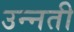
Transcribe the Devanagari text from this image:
उन्‍नती